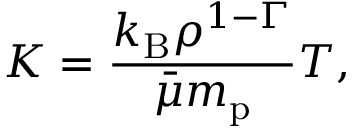
K = \frac { k _ { \mathrm { B } } \rho ^ { 1 - \Gamma } } { \bar { \mu } m _ { \mathrm { p } } } T ,